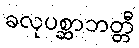
ခလုပစ္ဆာဘတ္တီ